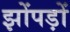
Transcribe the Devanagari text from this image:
झोंपड़ों